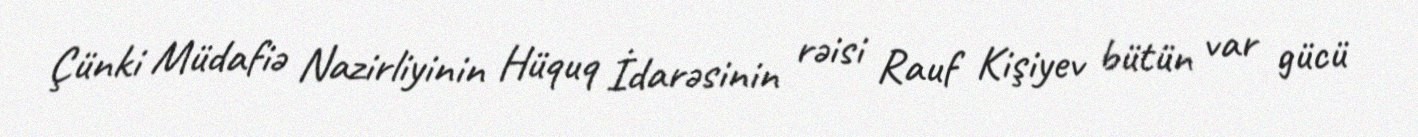
Çünki Müdafiə Nazirliyinin Hüquq İdarəsinin rəisi Rauf Kişiyev bütün var gücü